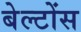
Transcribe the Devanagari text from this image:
बेल्टोंस